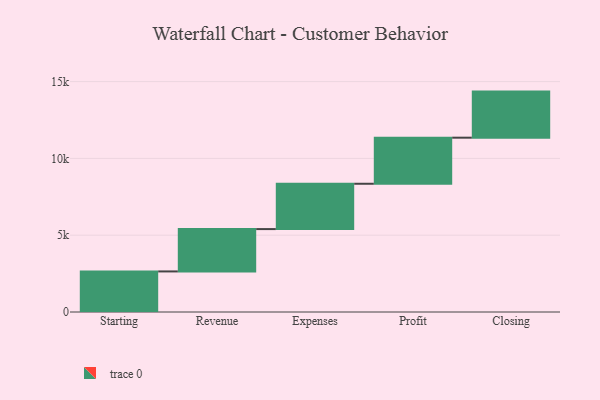
{"axis": {"x": "Step", "y": "Value"}, "legend": [""], "data": [{"x": "Starting", "y": 2641.0, "type": ""}, {"x": "Revenue", "y": 2757.0, "type": ""}, {"x": "Expenses", "y": 2951.0, "type": ""}, {"x": "Profit", "y": 3000, "type": ""}, {"x": "Closing", "y": 3000, "type": ""}]}